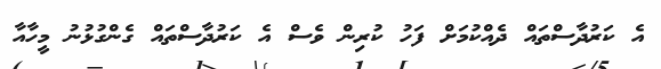
އެ ކަރުދާސްތައް ދެއްކުމަށް ފަހު ކުރިން ވެސް އެ ކަރުދާސްތައް ގެންގުޅުނު މީހާއާ